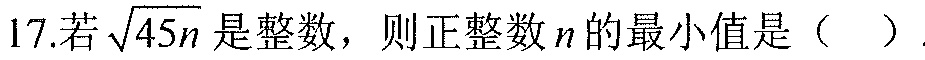
17.若\(\sqrt{45n}\)是整数，则正整数\(n\)的最小值是（  ）.